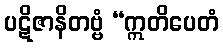
ပဋိဇာနိတဗ္ဗံ “ဣတိပေတံ